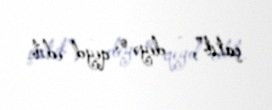
çatıb”, - deyə o, qeyd edib.